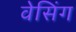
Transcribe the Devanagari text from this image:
वेसिंग